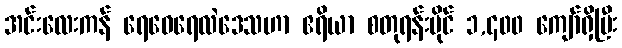
အင်းလေးကန် ရေဝေရေလဲဒေသဟာ ဧရိယာ စတုရန်းမိုင် ၁,၄၀၀ ကျော်ရှိပြီး